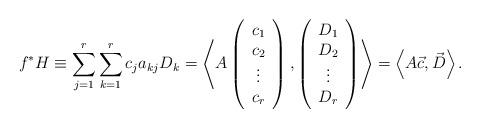
LaTeX: \begin{align*}f^{*}H\equiv \sum_{j=1}^{r}\sum_{k=1}^{r}c_{j}a_{kj}D_{k}=\left< A\left( \begin{array}{c}c_{1}\\c_{2}\\\vdots \\c_{r}\end{array}\right),\left(\begin{array}{c}D_{1}\\D_{2}\\\vdots \\D_{r}\end{array}\right)\right>=\left<A\vec{c},\vec{D}\right>.\end{align*}